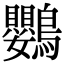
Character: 鸚